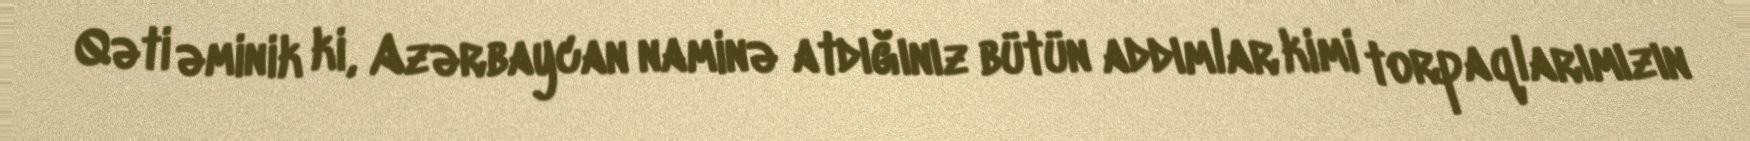
Qəti əminik ki, Azərbaycan naminə atdığınız bütün addımlar kimi torpaqlarımızın